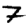
Digit: 7